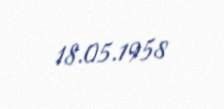
18.05.1958